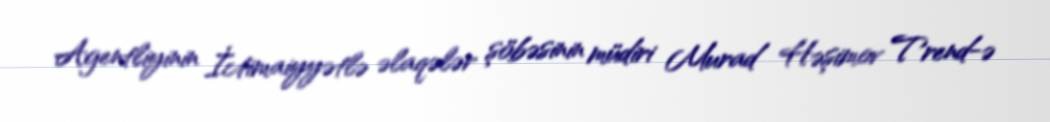
Agentliyinin İctimaiyyətlə əlaqələr şöbəsinin müdiri Murad Həşimov Trend-ə